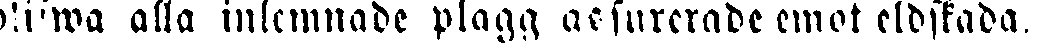
blifwa alla inlemnade plagg assurerade emot eldskada.